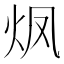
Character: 𮳡